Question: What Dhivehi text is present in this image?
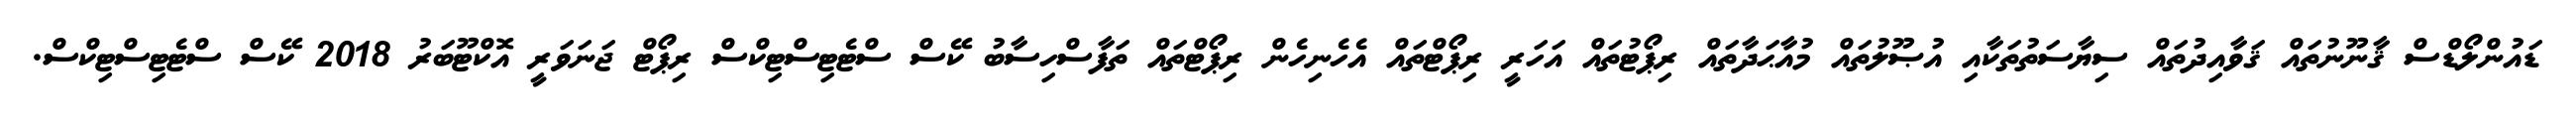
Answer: ޑައުންލޯޑްސް ޤާނޫނުތައް ޤަވާއިދުތައް ސިޔާސަތުތަކާއި އުޞޫލުތައް މުއާޙަދާތައް ރިޕޯޓުތައް އަހަރީ ރިޕޯޓްތައް އެހެނިހެން ރިޕޯޓްތައް ތަފާސްހިސާބު ކޭސް ސްޓެޓިސްޓިކްސް ރިޕޯޓް ޖަނަވަރީ އޮކްޓޫބަރު 2018 ކޭސް ސްޓެޓިސްޓިކްސް.